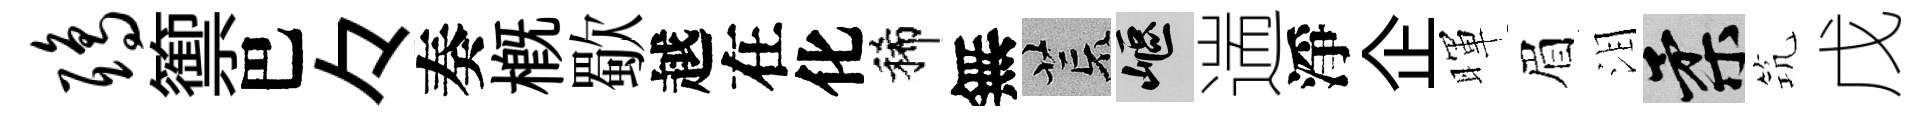
鸱籞巴々奏概歜越在化稀無荒嶇遄淨企暉眉泪柔𥬑戊